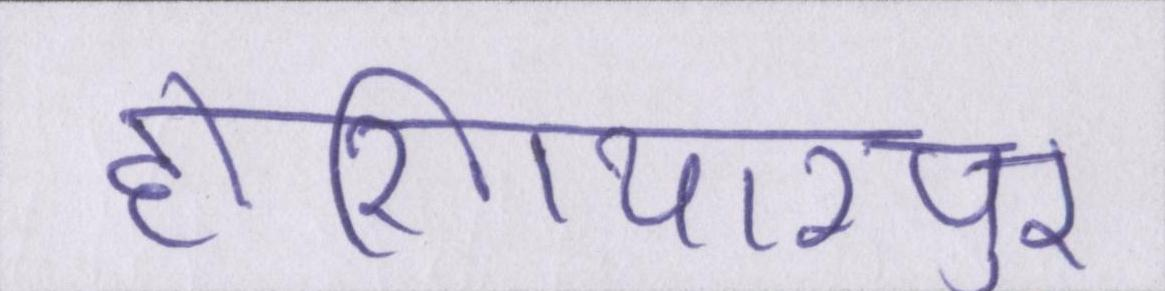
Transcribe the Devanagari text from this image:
होशियारपुर